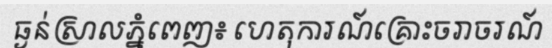
ធ្ងន់ស្រាលភ្នំពេញ៖ ហេតុការណ៍គ្រោះចរាចរណ៍